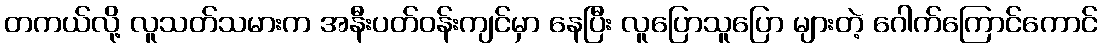
တကယ်လို့ လူသတ်သမားက အနီးပတ်ဝန်းကျင်မှာ နေပြီး လူပြောသူပြော များတဲ့ ဂေါက်ကြောင်ကောင်